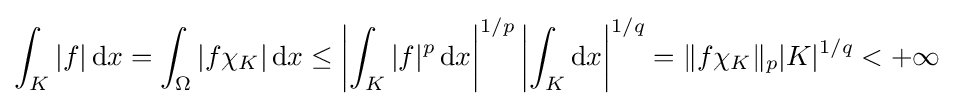
{\int _{K}|f|\,\mathrm {d} x}={\int _{\Omega }|f\chi _{K}|\,\mathrm {d} x}\leq \left|{\int _{K}|f|^{p}\,\mathrm {d} x}\right|^{1/p}\left|{\int _{K}\mathrm {d} x}\right|^{1/q}=\|f\chi _{K}\|_{p}|K|^{1/q}<+\infty